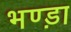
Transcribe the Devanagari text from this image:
भण्ड़ा